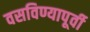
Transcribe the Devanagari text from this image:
वसविण्यापूर्वी